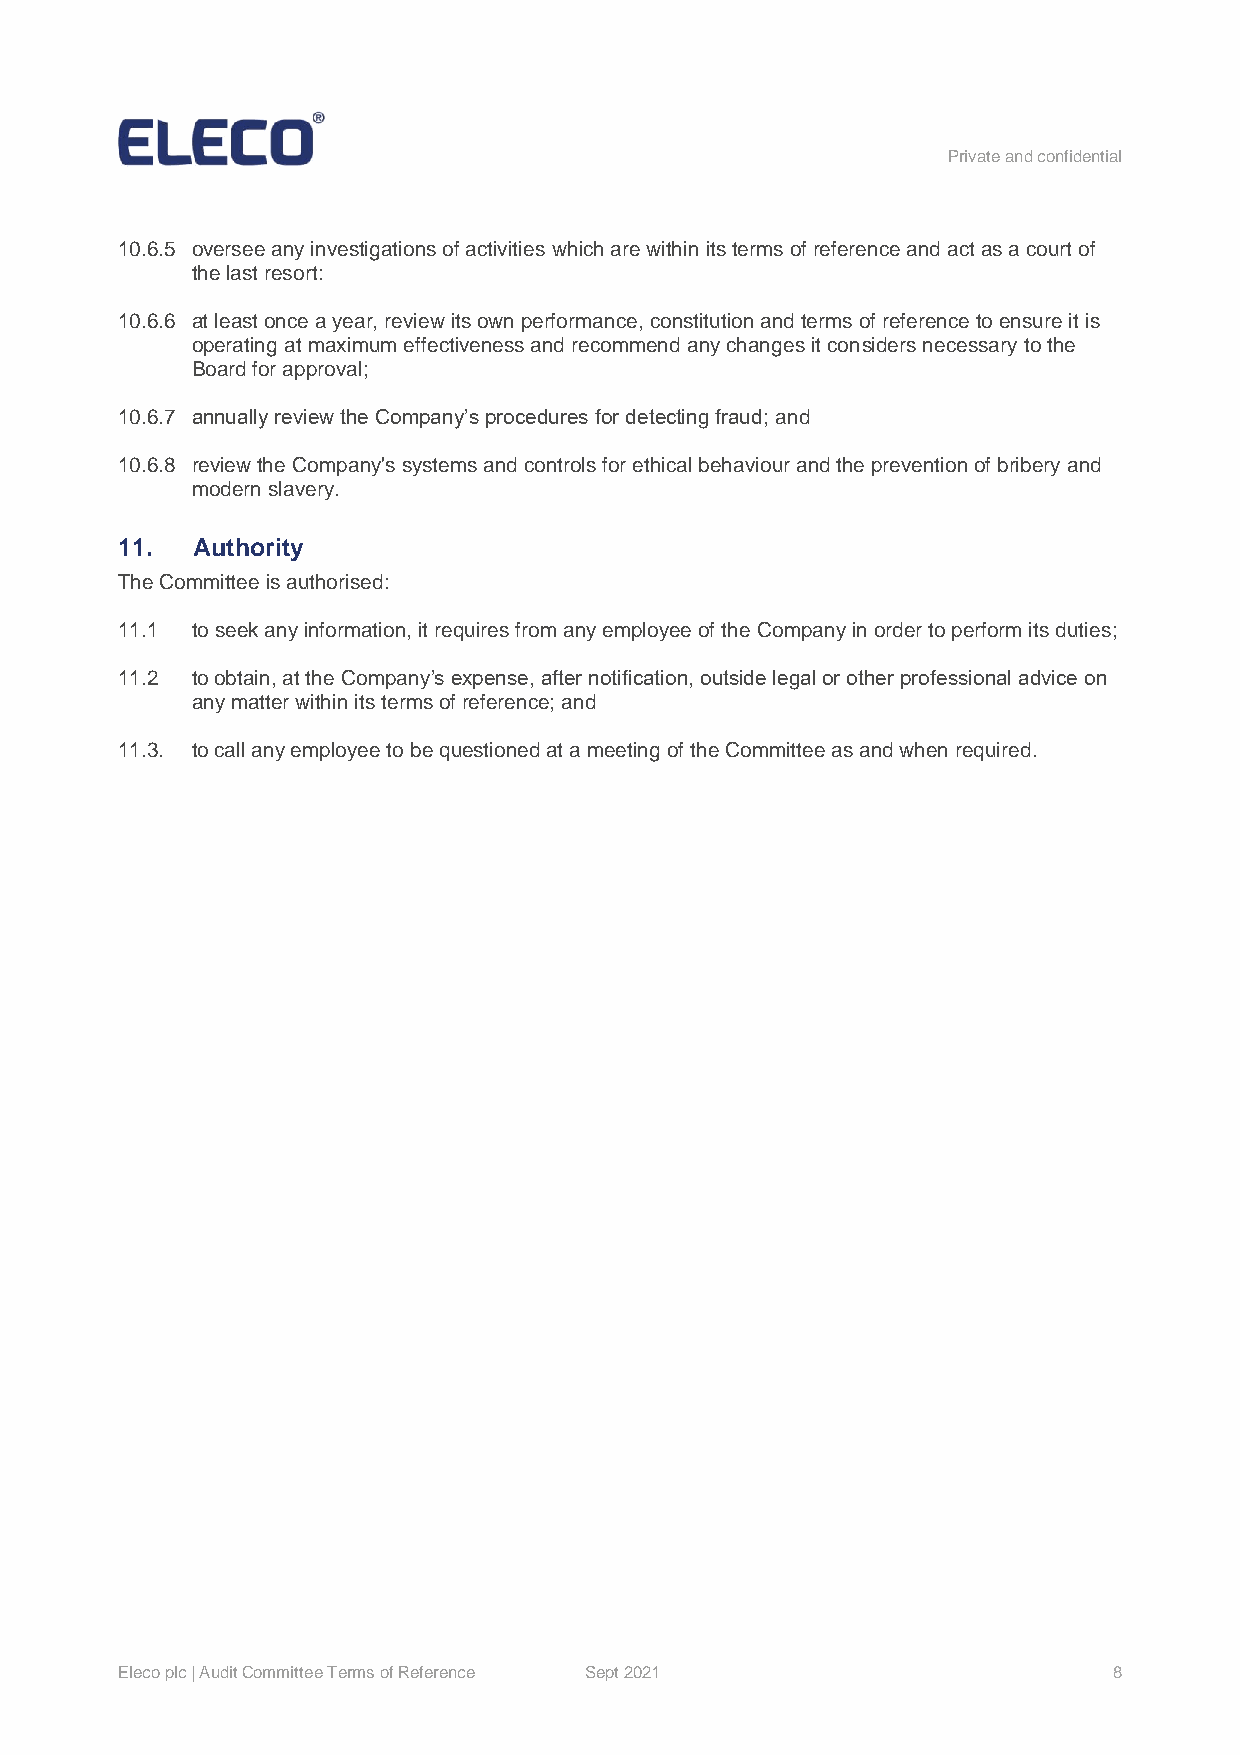
Private and confidential
 10.6.5 oversee any investigations of activities which are within its terms of reference and act as a court of
 the last resort:
 10.6.6 at least once a year, review its own performance, constitution and terms of reference to ensure it is
 operating at maximum effectiveness and recommend any changes it considers necessary to the
 Board for approval;
 10.6.7 annually review the Company’s procedures for detecting fraud; and
 10.6.8 review the Company's systems and controls for ethical behaviour and the prevention of bribery and
 modern slavery.
 11.  Authority
 The Committee is authorised:
 11.1 to seek any information, it requires from any employee of the Company in order to perform its duties;
 11.2 to obtain, at the Company’s expense, after notification, outside legal or other professional advice on
 any matter within its terms of reference; and
 11.3. to call any employee to be questioned at a meeting of the Committee as and when required.
 Eleco plc | Audit Committee Terms of Reference Sept 2021          8